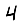
Digit: 4